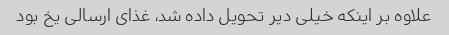
علاوه بر اینکه خیلی دیر تحویل داده شد، غذای ارسالی یخ بود